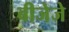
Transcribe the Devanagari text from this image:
बीजेजे